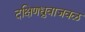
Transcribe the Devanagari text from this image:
दक्षिणध्रुवाजवळ